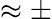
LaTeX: \approx\pm